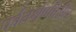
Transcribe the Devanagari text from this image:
पर्वतश्रेणीतील